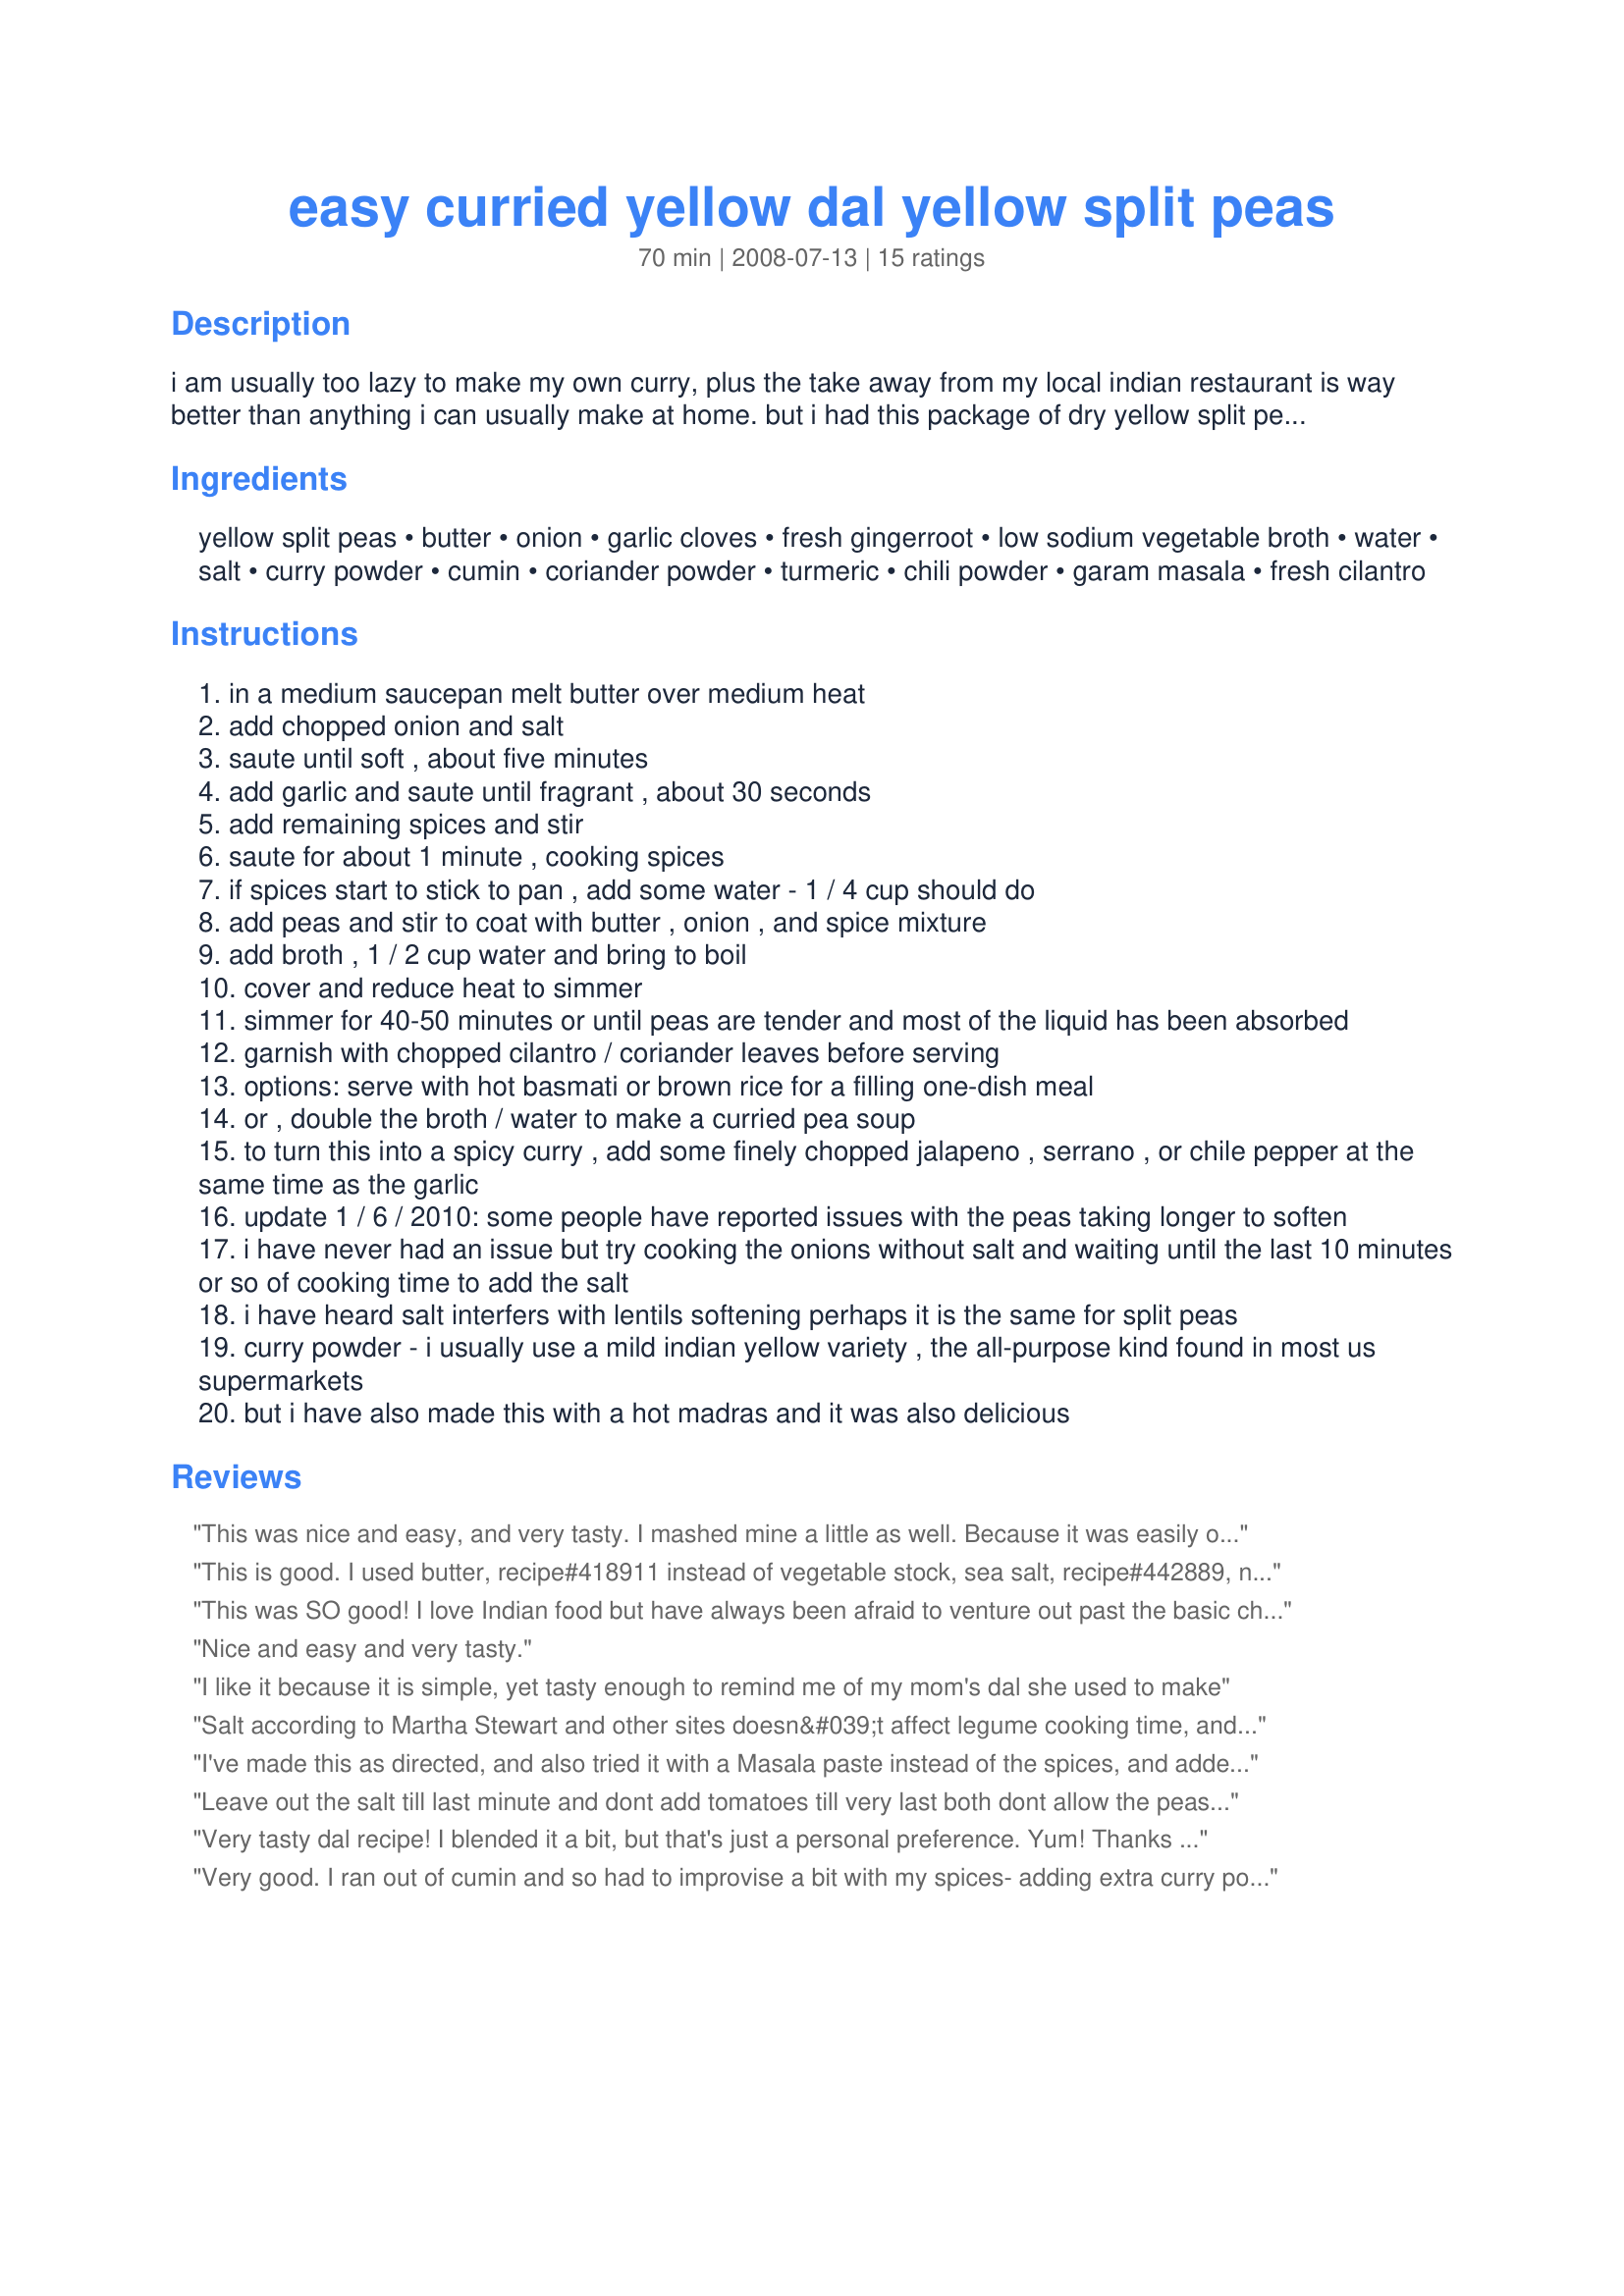
easy curried yellow dal yellow split peas
Preparation time: 70 minutes

i am usually too lazy to make my own curry, plus the take away from my local indian restaurant is way better than anything i can usually make at home. but i had this package of dry yellow split peas in my cupboard for ages and finally decided to use them up one night. this is a very basic, mild curry recipe that can easily be modified to suit your individual tastes. nutritious and vegetarian as well. can be made vegan by substituting vegetable oil or margarine for the butter.

Ingredients:
yellow split peas, butter, onion, garlic cloves, fresh gingerroot, low sodium vegetable broth, water, salt, curry powder, cumin, coriander powder, turmeric, chili powder, garam masala, fresh cilantro

Steps:
in a medium saucepan melt butter over medium heat
add chopped onion and salt
saute until soft , about five minutes
add garlic and saute until fragrant , about 30 seconds
add remaining spices and stir
saute for about 1 minute , cooking spices
if spices start to stick to pan , add some water - 1 / 4 cup should do
add peas and stir to coat with butter , onion , and spice mixture
add broth , 1 / 2 cup water and bring to boil
cover and reduce heat to simmer
simmer for 40-50 minutes or until peas are tender and most of the liquid has been absorbed
garnish with chopped cilantro / coriander leaves before serving
options: serve with hot basmati or brown rice for a filling one-dish meal
or , double the broth / water to make a curried pea soup
to turn this into a spicy curry , add some finely chopped jalapeno , serrano , or chile pepper at the same time as the garlic
update 1 / 6 / 2010: some people have reported issues with the peas taking longer to soften
i have never had an issue but try cooking the onions without salt and waiting until the last 10 minutes or so of cooking time to add the salt
i have heard salt interfers with lentils softening perhaps it is the same for split peas
curry powder - i usually use a mild indian yellow variety , the all-purpose kind found in most us supermarkets
but i have also made this with a hot madras and it was also delicious

Reviews:
This was nice and easy, and very tasty. I mashed mine a little as well. Because it was easily on hand I added in some plain soy milk, just to give it some creaminess - turned out very nicely. Thanks for posting!
This is good. I used butter, recipe#418911 instead of vegetable stock, sea salt, recipe#442889, no turmeric as the chicken stock had some added already, did not use chili powder but did add recipe#279714 and the cilantro garnish plus the rest. It took way longer for the peas to become soft. I won't make this again.
This was SO good! I love Indian food but have always been afraid to venture out past the basic chicken curry, but I'm so glad I did with this recipe! Wonderful flavor, filled the house with amazing smells. I served with brown jasmine rice and steamed carrots on the side. Perfect. Thanks!
Nice and easy and very tasty.
I like it because it is simple, yet tasty enough to remind me of my mom's dal she used to make
Salt according to Martha Stewart and other sites doesn&#039;t affect legume cooking time, and adding salt later might make your beans blander.&lt;br/&gt;&lt;br/&gt;If your beans are coming out hard, the two primary culprits are 1. adding an acid, like tomatoes, which slows cooking or 2. your dried beans are too old, which leaves beans drier and less flavorful. Try pre-soaking your lentils for 30-60 minutes or more, but this still won&#039;t bring back lost flavor. Try buying your dried legumes from a store with high turnover and use your beans in a timely fashion.
I've made this as directed, and also tried it with a Masala paste instead of the spices, and added silverbeet. Both ways were great. I like to partially blend it.
Leave out the salt till last minute and dont add tomatoes till very last both dont allow the peas to soften same with all beans and lentils ?
Very tasty dal recipe! I blended it a bit, but that's just a personal preference. Yum! Thanks for posting.
Very good. I ran out of cumin and so had to improvise a bit with my spices- adding extra curry powder for example - but the end product was delicious. I like a creamy Dal (like our Indian restaurant serves) so once the lentils were done I added water & a bit of cream- then pureed to the right consistency. Served with basmati rice & paneer with peas and tomatoes.
DH and I absolutely loved this. Quick and super, super tasty. I'll be making this often. Thank you!
If I make like a bulk amount of this, how long will it last in the fridge?
Yum, yum, YUM! I have always wondered how to make something like this, with that special combination of spices that smells (and tastes) so specifically Indian. Thank you for this easy recipe! We will have it with naan and cherry tomatoes next try. . . can't wait! :)
Very easy and tasty dal - I've been enjoying this for lunch with fresh roti for the past few days. Great flavour; I mashed the dal a little to get my preferred chunky/smooth texture. This will definately be made again - thanks for posting!
Indian food - one of the last things I am still willing to pay for in a restaurant rather than doing at home. Combination of price and simply never done it before. This is a good first try recipe. What is there to mess up really? Agreed with Enemil - whatever dried legume you use should be soaked for hour or more before. You'll know they are soaked enough because they will have a sort of &quot;al dente&quot; bite to them - bit more al dente than you would want with pasta and couldn't be dished up without additional cooking. I was a bit heavy with the broth so too much liquid. Simple fix - mash the peas a bit to make thicker. Not quite as much as mushy peas. Spices - missing a few on the list and couldn't be bothered to make trip to the store. As long is there are a few classic Indian (generic yellow curry powder, turmeric, or the like) your good. Used a bit of tomato paste in it. Rather than chili powder (kids), used sweet paprika powder. Didn't want to make naan bread and the closest Indian isn't so good. Used flour tortillas with a bit of garlic butter spread on top and few minutes in the oven. Not 100% but close enough that wife and kids didn't have a problem. Really - give it a go - 5 minutes actual play time with the food - 45 cooking hands free with occasional check that there is enough liquid - and dinner is on. Also, tasty reheat for lunch next day at work.
